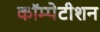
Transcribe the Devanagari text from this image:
कॉम्पेटीशन